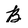
Character: B